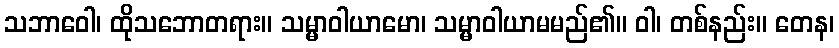
သဘာဝေါ၊ ထိုသဘောတရား။ သမ္မာဝါယာမော၊ သမ္မာဝါယာမမည်၏။ ဝါ၊ တစ်နည်း။ တေန၊